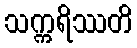
သက္ကရိဿတိ